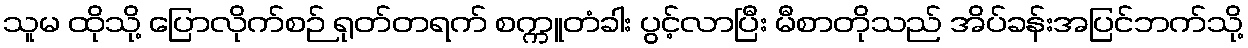
သူမ ထိုသို့ ပြောလိုက်စဉ် ရုတ်တရက် စက္ကူတံခါး ပွင့်လာပြီး မီစာတိုသည် အိပ်ခန်းအပြင်ဘက်သို့